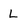
Character: l